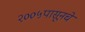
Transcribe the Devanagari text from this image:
२००५पासूनचे